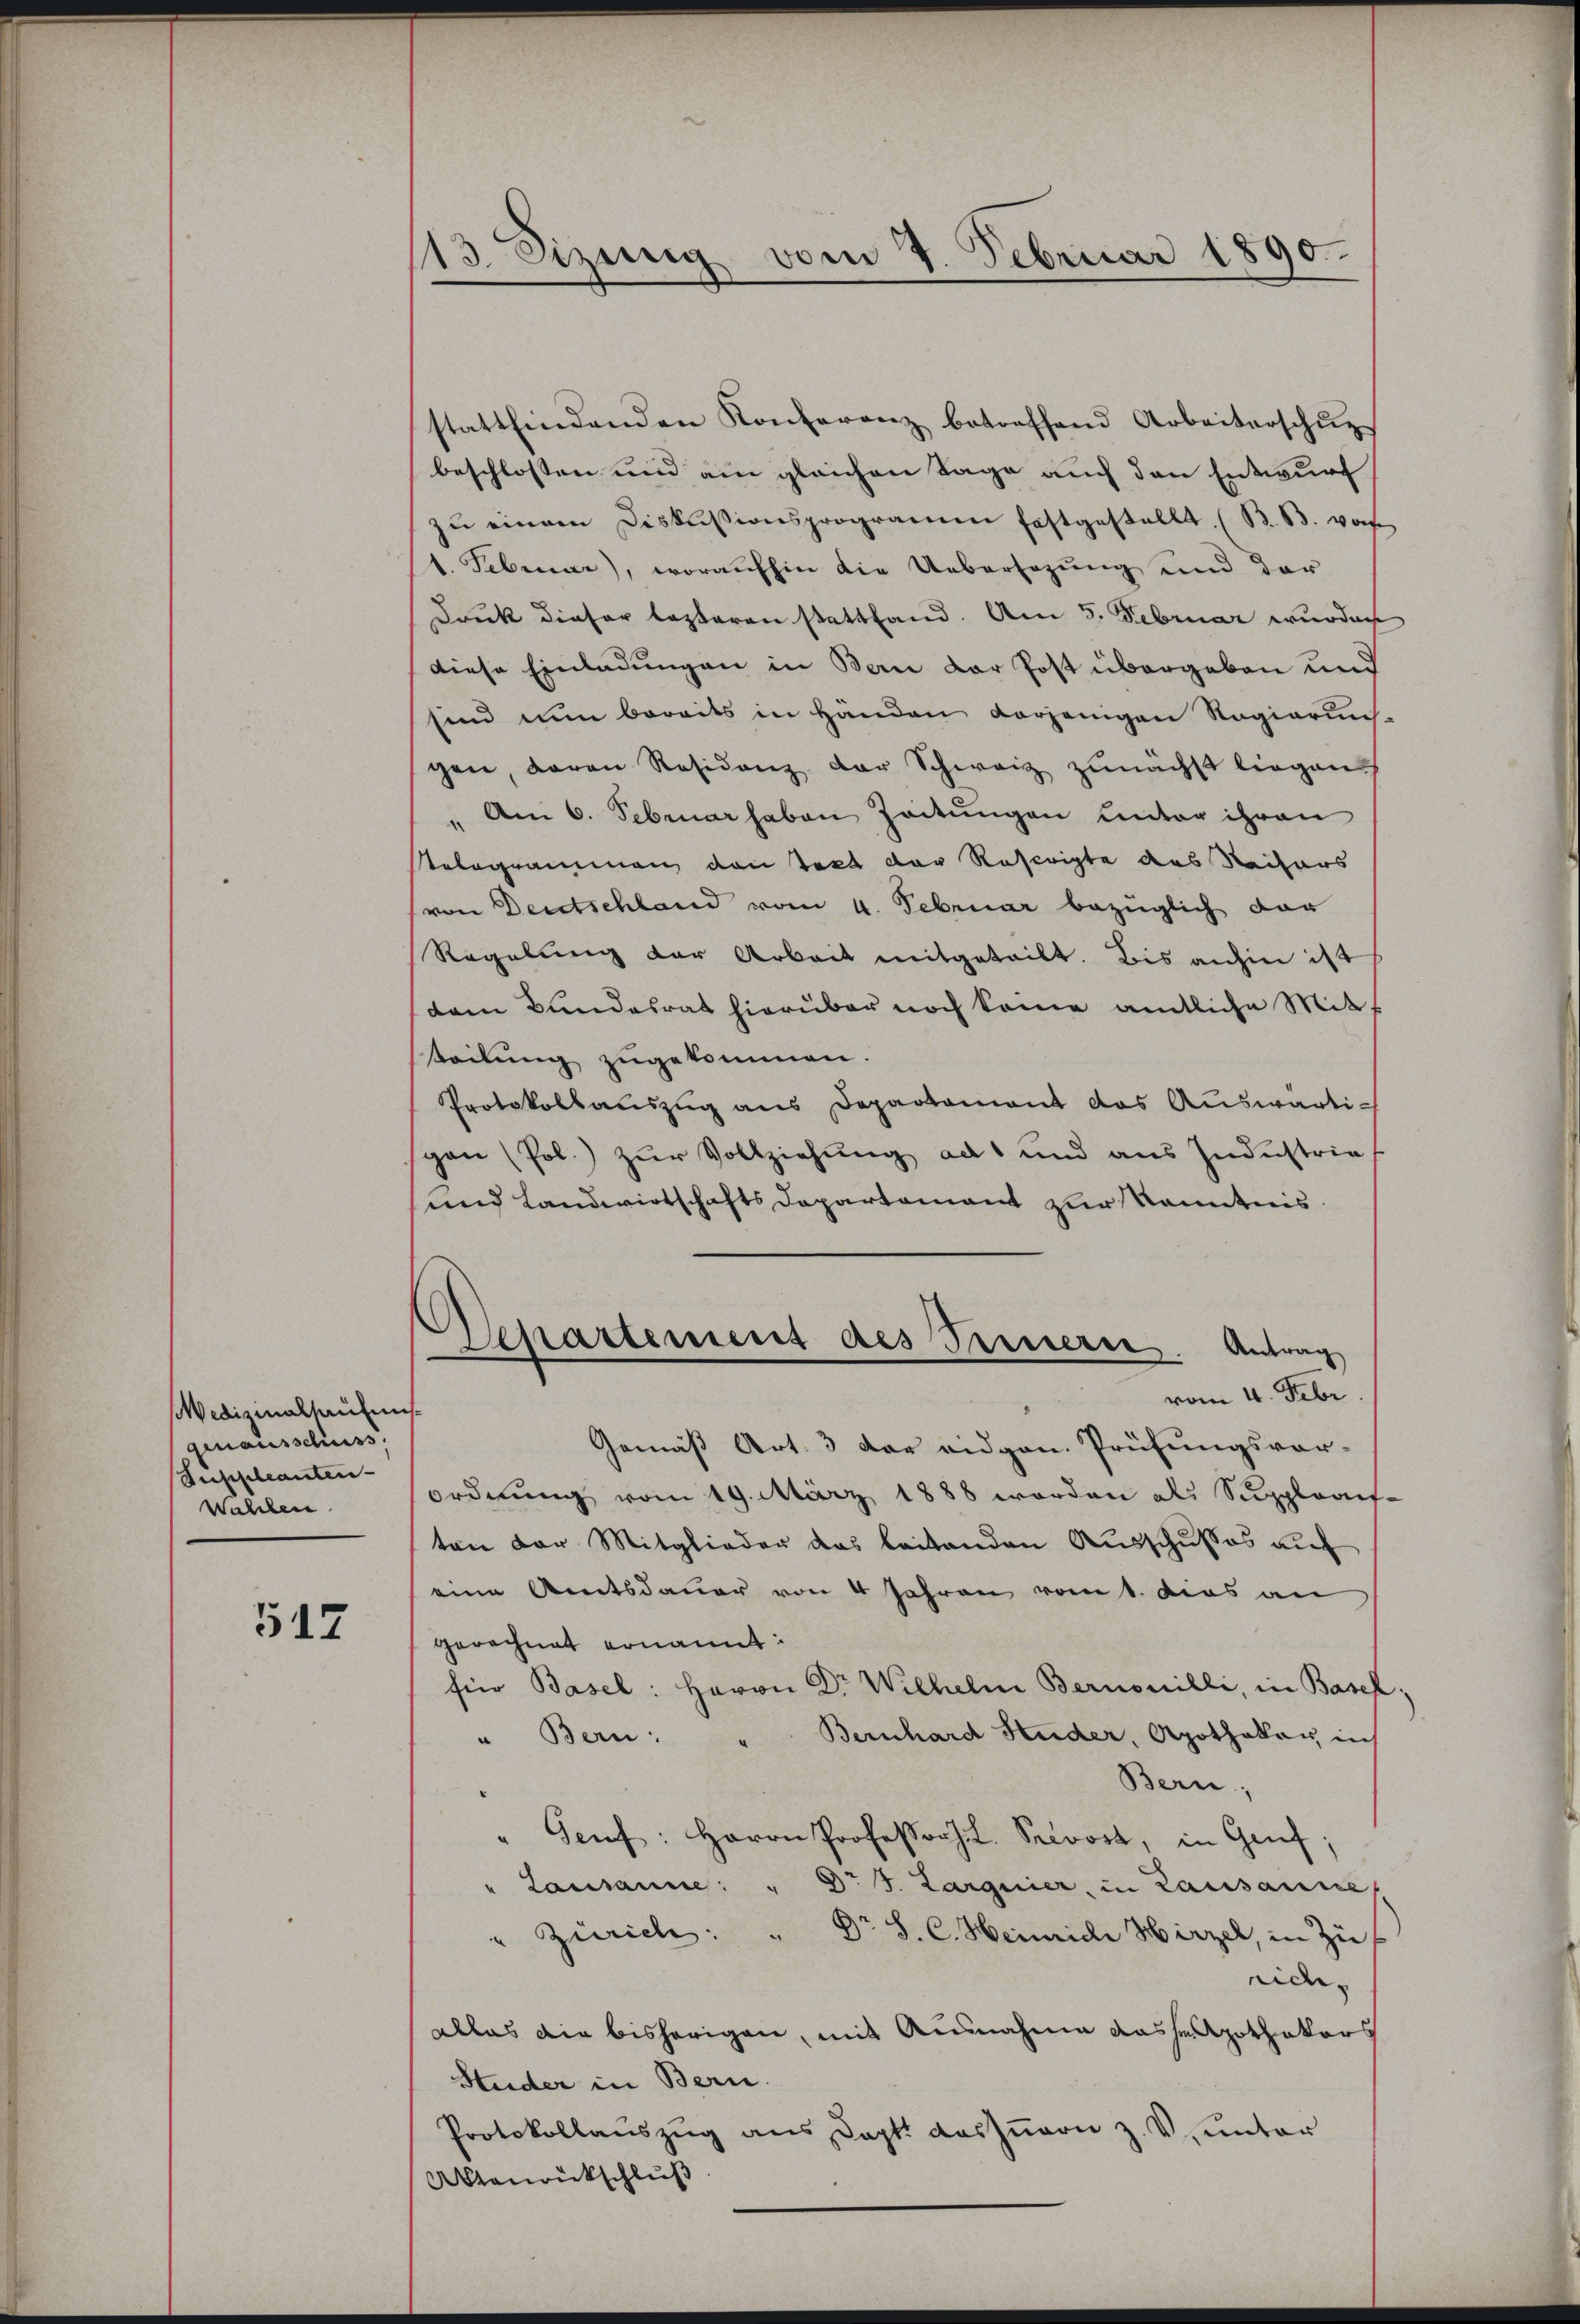
Wedizinalhaufens
genausschuss
Suppleanten- |
Wahlen

517

13. Sizung vom 7. Februar 1890.

stattfindenden Konferenz betreffend Arbeiterschŭp
beschlossen und am gleichen Tage auch den Entwurf
zŭ einem Diskussionsprogramm festgestellt. (B.B. vor
t. Februar), woraufhin die Uebersezung und der
Druk dieser lezteren stattfand. Am 5. Februar wurden
diese Einladungen in Bern der Post übergeben und
sind nun bereits in Händen vorjenigen Regierung
gen, daran Residenz der Schweiz zunächst liegen
" Am 6. Februar haben Zeitungen unter ihren
Telegrammen den Takt der Rescripte des Reisers
(von Deutschland vom 4. Februar bezüglich dar
Regelung der Arbeit mitgeteilt. Bis anhin ist
dem Bundesrat hierüber noch keine amtliche Mit
teilung zugekommen.
Protokollaŭszŭg ans Departament das Auswärti-
gon (Pol.) zur Vollziehung ad und aus Industrie
und Landwirtschafts Departement zur Kenntnis.
Departement des Treuere. Antrag
vom 4. Febr.
Gemäß Art. 3 der eidgen. Prüfungsvor-
ordnung vom 19. März 1888 werden als Supplraif-
ten der Mitglieder das leitenden Ausschusses auf
eine Amtsdauer von 4 Jahren vom 1. dies an
gerechnet ernannt:
für Basel: Herrn Dr Wilhelm Bernonilli, in Basel
" Bern: Bernhard Studer, Apothekar in
Bern,
Genf: Herrn Professors Seloost, in Genf;
" Lausanne: " Dr J. Larguier in Lausannes
Zürich: Dr. S. C. Heinriche Hirzel, in Zu
nide. |
allas die bisherigen, mit Ausnahme dasses Gothekers
Studer in Bern.
Protokollaŭszŭg ans Dopt. des Iṅern z. V. unter
Aktenrückschluß